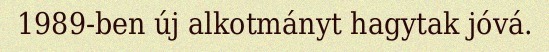
1989-ben új alkotmányt hagytak jóvá.